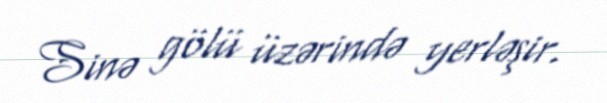
Sinə gölü üzərində yerləşir.